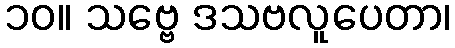
၁၀။ သဗ္ဗေ ဒသဗလူပေတာ၊